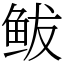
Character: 鲅